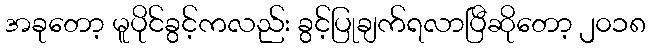
အခုတော့ မူပိုင်ခွင့်ကလည်း ခွင့်ပြုချက်ရလာပြီဆိုတော့ ၂၀၁၈